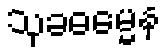
သုခဓမ္မေန